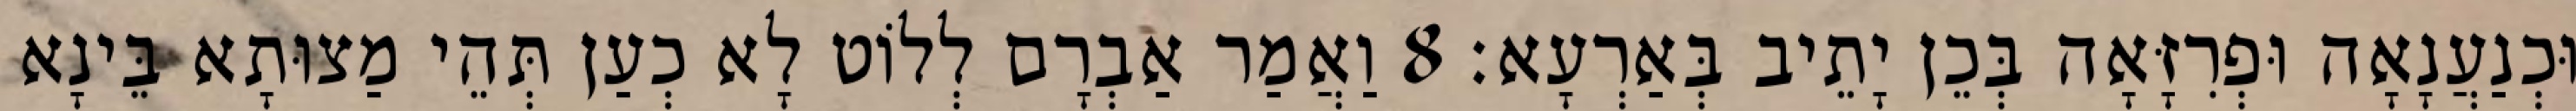
וּכְנַעֲנָאָה וּפְרִזָּאָה בְּכֵן יָתֵיב בְּאַרְעָא׃ 8 וַאֲמַר אַבְרָם לְלוֹט לָא כְעַן תְּהֵי מַצוּתָא בֵּינָא